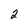
Character: 2